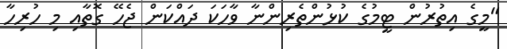
"މީގެ އިތުރުން ޓީމުގެ ކުޅުންތެރިންނާ ވާހަކަ ދައްކަން ޖެހޭ ގޮތާއި މި ހުރިހާ